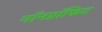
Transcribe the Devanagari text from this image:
नॉनप्रॉफिट